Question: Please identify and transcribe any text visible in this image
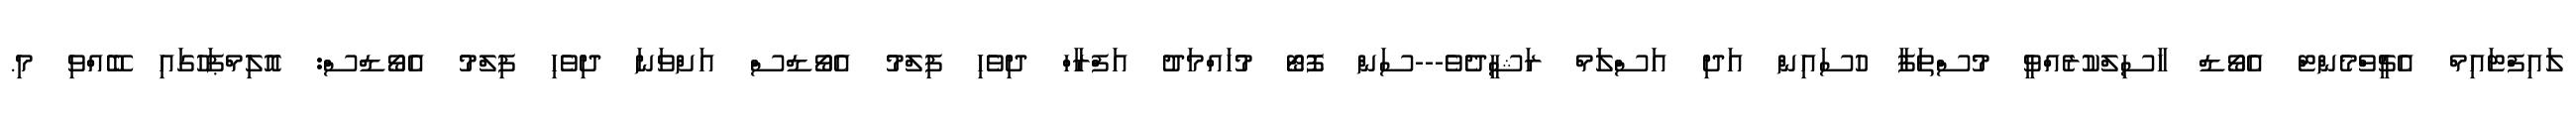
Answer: ލައިފްޓައިމް އެޗީވްމެންޓް އެވޯޑް ހާސިލްކުރެއްވީ މުސްތަފާ ހުސައިން އަދި އަސްލަމް ރަޝީދެވެ---ސަން ފޮޓޯ މުހައްމަދު އަފްރާހް ދިވެހި ފިލްމު އެވޯޑްސް އަށްވަނަ ދިވެހި ފިލްމު އެވޯޑްސް: އޮލިމްޕަހުގައި ބޭއްވި މި.